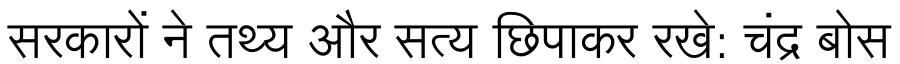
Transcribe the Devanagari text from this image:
सरकारों ने तथ्य और सत्य छिपाकर रखे: चंद्र बोस